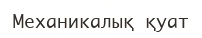
Механикалық қуат